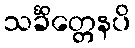
သင်္ခိတ္တေနပိ